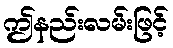
ဤနည်းလမ်းဖြင့်